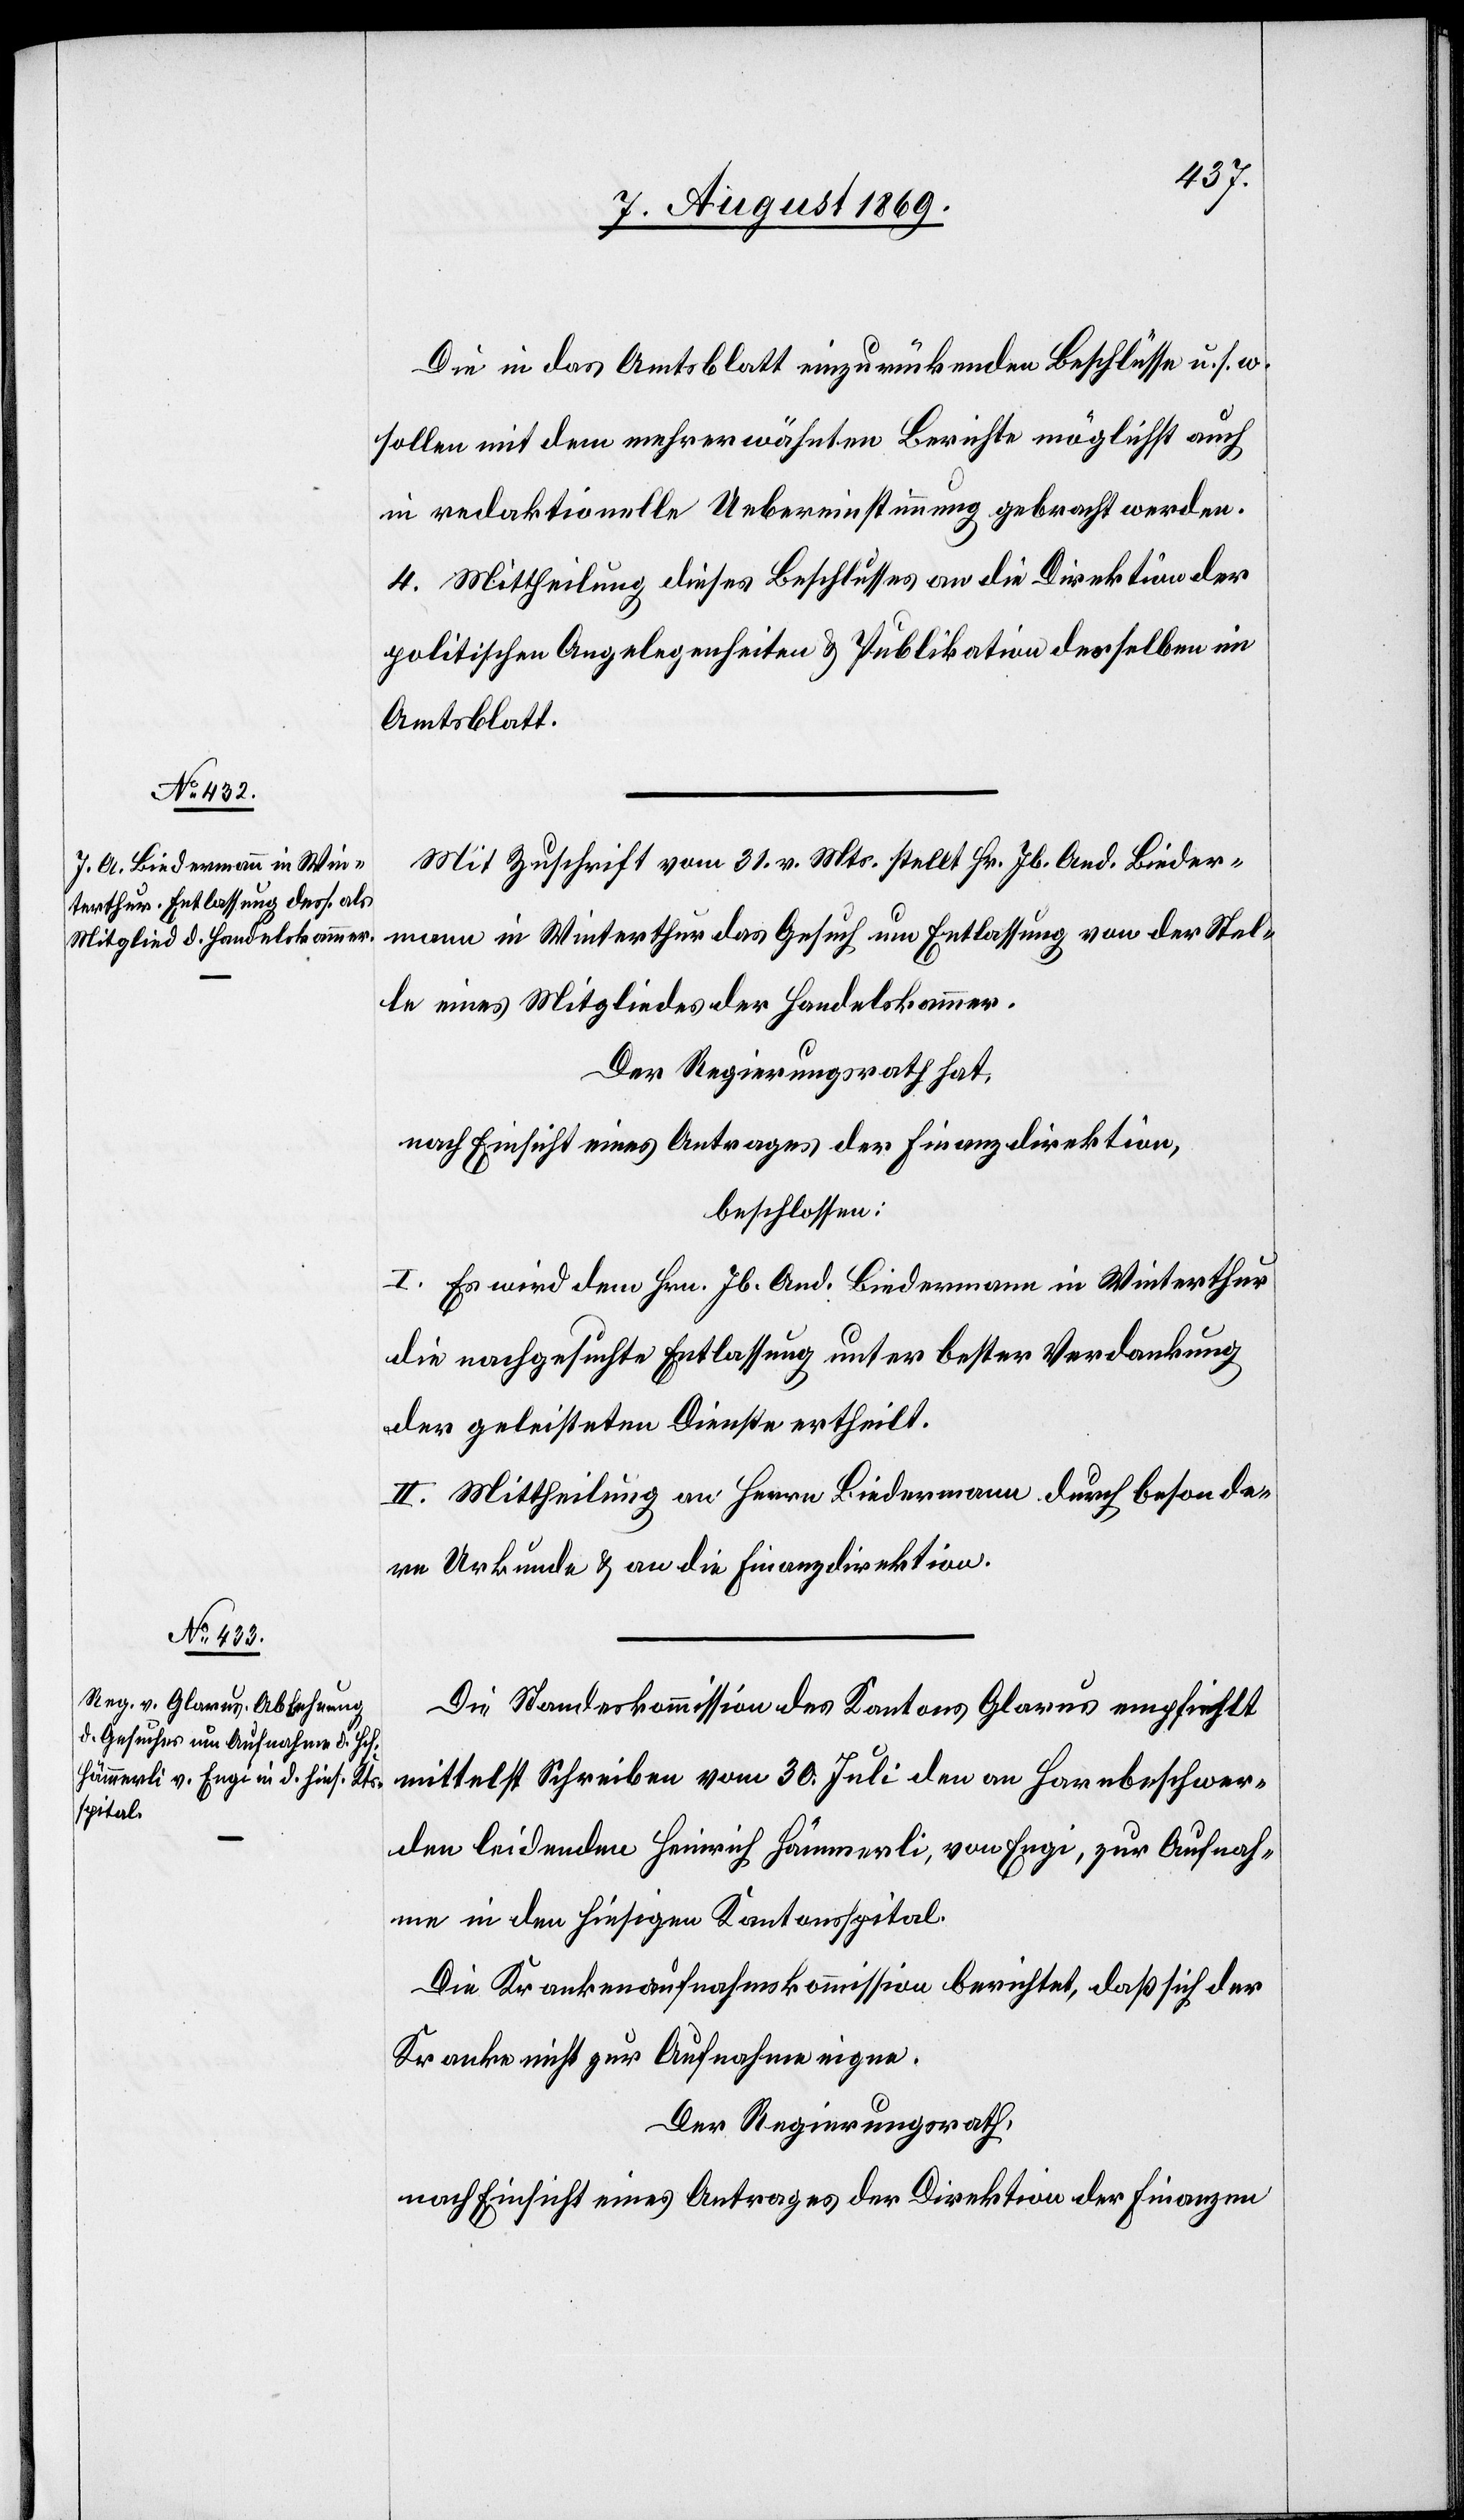
Die in das Amtsblatt einzurückenden Beschlüsse u. s. w.
sollen mit dem mehrerwähnten Berichte möglichst auch
in redaktionelle Uebereinstimmung gebracht werden.
4. Mittheilung dieses Beschlusses an die Direktion der
politischen Angelegenheiten & Publikation desselben im
Amtsblatt.
Mit Zuschrift vom 31 v. Mts. stellt Hr. Jb. And. Bieder¬
mann in Winterthur das Gesuch um Entlassung von der Stel¬
le eines Mitgliedes der Handelskammer.
Der Regierungsrath hat,
nach Einsicht eines Antrages der Finanzdirektion,
beschlossen:
I. Es wird dem Hrn. Jb. And. Biedermann in Winterthur
die nachgesuchte Entlassung unter bester Verdankung
der geleisteten Dienste ertheilt.
II. Mittheilung an Herrn Biedermann. Durch besonde¬
re Urkunde & an die Finanzdirektion.
Die Standeskommission des Kantons Glarus empfiehlt
mittelst Schreiben vom 30 Juli den an Harnbeschwer¬
den leidenden Heinrich Hämmerli, von Engi, zur Aufnah¬
me in den hiesigen Kantonsspital.
Die Krankenaufnahmskommission berichtet, daß sich der
Kranke nicht zur Aufnahme eigne.
Der Regierungsrath,
nach Einsicht eines Antrages der Direktion der Finanzen